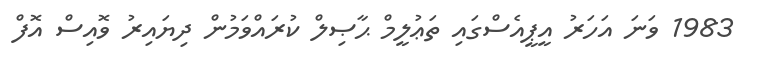
1983 ވަނަ އަހަރު އީޕީއެސްގައި ތަޢުލީމް ޙާޞިލް ކުރައްވަމުން ދިޔައިރު ވޮއިސް އޮފް